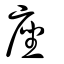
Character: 座